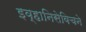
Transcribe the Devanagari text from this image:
इव्हानिसेविचने